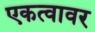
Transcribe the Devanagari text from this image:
एकत्वावर